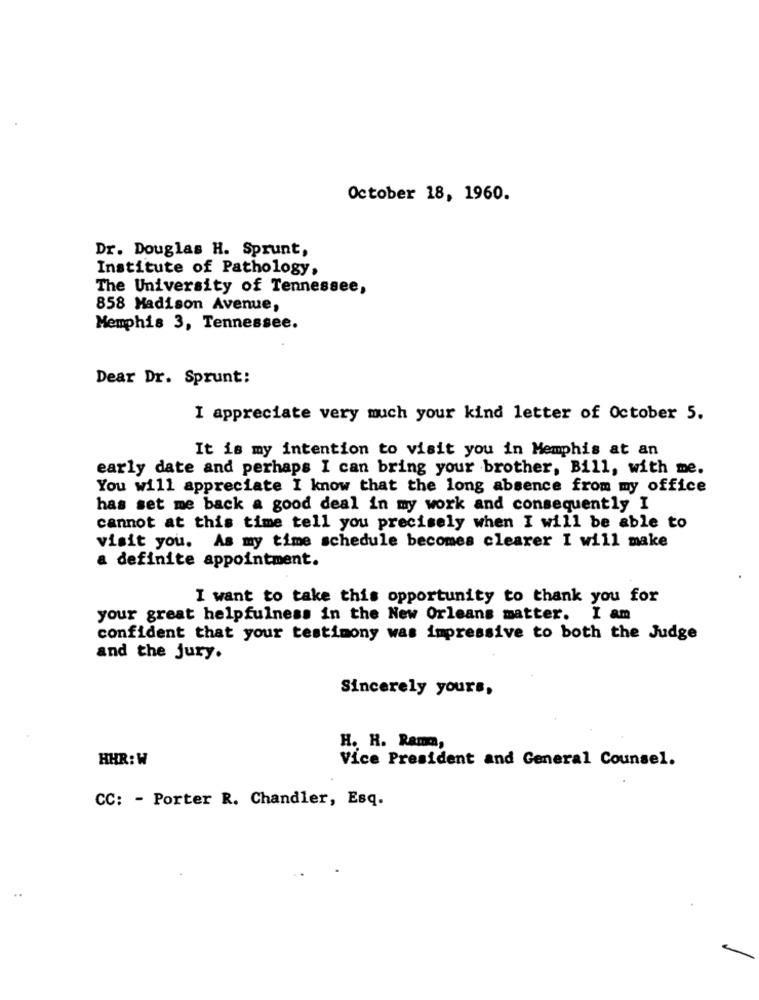
October 18, 1960.
Dr. Douglas H. Sprunt,
Institute of Pathology,
The University of Tennessee,
858 Madison Avenue,
Memphis 3, Tennessee.
Dear Dr. Sprunt:
I appreciate very much your kind letter of October 5.
It is my intention to visit you in Memphis at an
early date and perhaps I can bring your brother, Bill, with me.
You will appreciate I know that the long absence from my office
has set me back a good deal in my work and consequently I
cannot at this time tell you precisely when I will be able to
visit you. As my time schedule becomes clearer I will make
a definite appointment.
I want to take this opportunity to thank you for
your great helpfulness in the New Orleans matter. I am
confident that your testimony was impressive to both the Judge
and the jury.
Sincerely yours,
H. H. Ramm,
HHR: W
Vice President and General Counsel.
CC: - Porter R. Chandler, Esq.